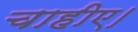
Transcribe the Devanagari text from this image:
चाहीए।